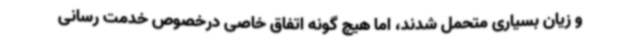
و زیان بسیاری متحمل شدند، اما هیچ گونه اتفاق خاصی درخصوص خدمت رسانی